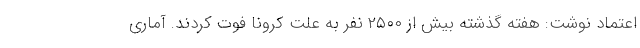
اعتماد نوشت: هفته گذشته بیش از ۲۵۰۰ نفر به علت کرونا فوت کردند. آماری